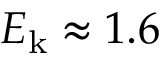
E _ { \mathrm { k } } \approx 1 . 6